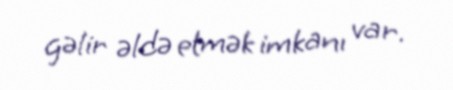
gəlir əldə etmək imkanı var.